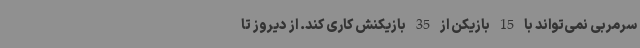
سرمربی نمی‌تواند با 15 بازیکن از 35 بازیکنش کاری کند. از دیروز تا